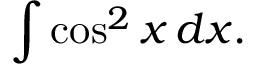
\int \cos ^ { 2 } x \, d x .